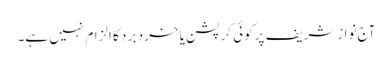
آج نوازشریف پرکوئی کرپشن یا خرد بر د کا الزام نہیں ہے۔